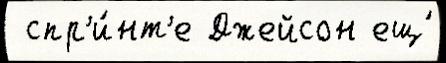
 спр'и́нт'е Джейсон ещ́